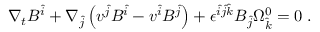
\nabla _ { t } B ^ { \hat { i } } + \nabla _ { \hat { j } } \left( v ^ { \hat { j } } B ^ { \hat { i } } - v ^ { \hat { i } } B ^ { \hat { j } } \right) + { \epsilon } ^ { \hat { i } \hat { j } \hat { k } } B _ { \hat { j } } { \Omega } _ { \hat { k } } ^ { 0 } = 0 \; .